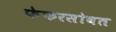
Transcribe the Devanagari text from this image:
फेफरसोबत